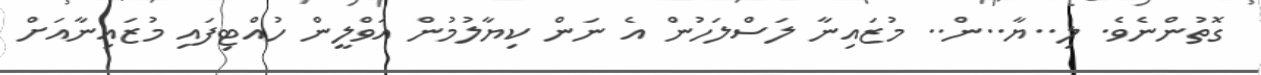
ގޮތުންނެވެ. ލި..ޔާ..ން.. މުޒައިނާ ލަސްލަހުން އެ ނަން ކިޔާލުމުން އަވްލީން ހުއްޓިފައި މުޒައިނާއަށް